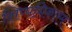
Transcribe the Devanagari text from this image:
शिप्पधिकारम